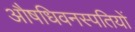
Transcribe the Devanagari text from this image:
औषधिवनस्पतियों